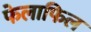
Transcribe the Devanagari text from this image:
फेलाफिल